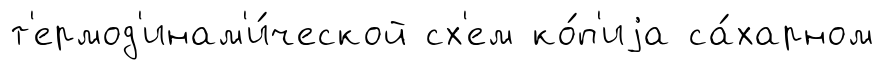
т'ермод'инам'и́ческой сх'ем ко́п'иjа са́харном